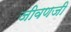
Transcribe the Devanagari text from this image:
जीवणजी